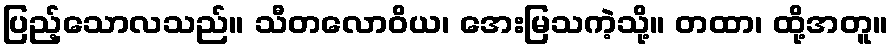
ပြည့်သောလသည်။ သီတလောဝိယ၊ အေးမြသကဲ့သို့။ တထာ၊ ထို့အတူ။